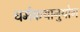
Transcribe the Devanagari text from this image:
धर्मकथानुयोग